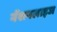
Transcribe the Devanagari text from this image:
नॅशनलाइज